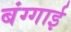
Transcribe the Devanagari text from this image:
बंग्गाई